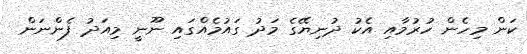
ކަން މިހެން ހުރުމާއި އެކު ދުނިޔޭގެ މަދު ގައުމެއްގައި ނޫނީ މިއަދު ފެންނަން